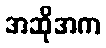
အဆိုအက